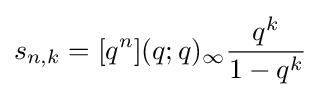
s_{n,k}=[q^{n}](q;q)_{\infty }{\frac {q^{k}}{1-q^{k}}}